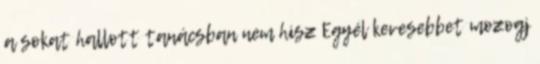
a sokat hallott tanácsban nem hisz Egyél kevesebbet mozogj